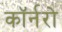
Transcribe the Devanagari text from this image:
कॉर्नरो